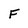
Character: F